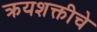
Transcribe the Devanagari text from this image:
क्रयशक्तीचे